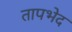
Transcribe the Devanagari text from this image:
तापभेद